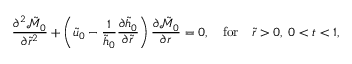
\frac { \partial ^ { 2 } \tilde { \mathcal { M } } _ { 0 } } { \partial \tilde { r } ^ { 2 } } + \left( \tilde { u } _ { 0 } - \frac { 1 } { \tilde { h } _ { 0 } } \frac { \partial \tilde { h } _ { 0 } } { \partial \tilde { r } } \right) \frac { \partial \tilde { \mathcal { M } } _ { 0 } } { \partial r } = 0 , \quad \mathrm { f o r } \quad \tilde { r } > 0 , \; 0 < t < 1 ,